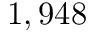
1 , 9 4 8